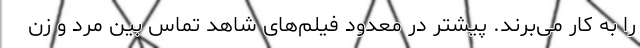
را به کار می‌برند. پیشتر در معدود فیلم‌های شاهد تماس بین مرد و زن